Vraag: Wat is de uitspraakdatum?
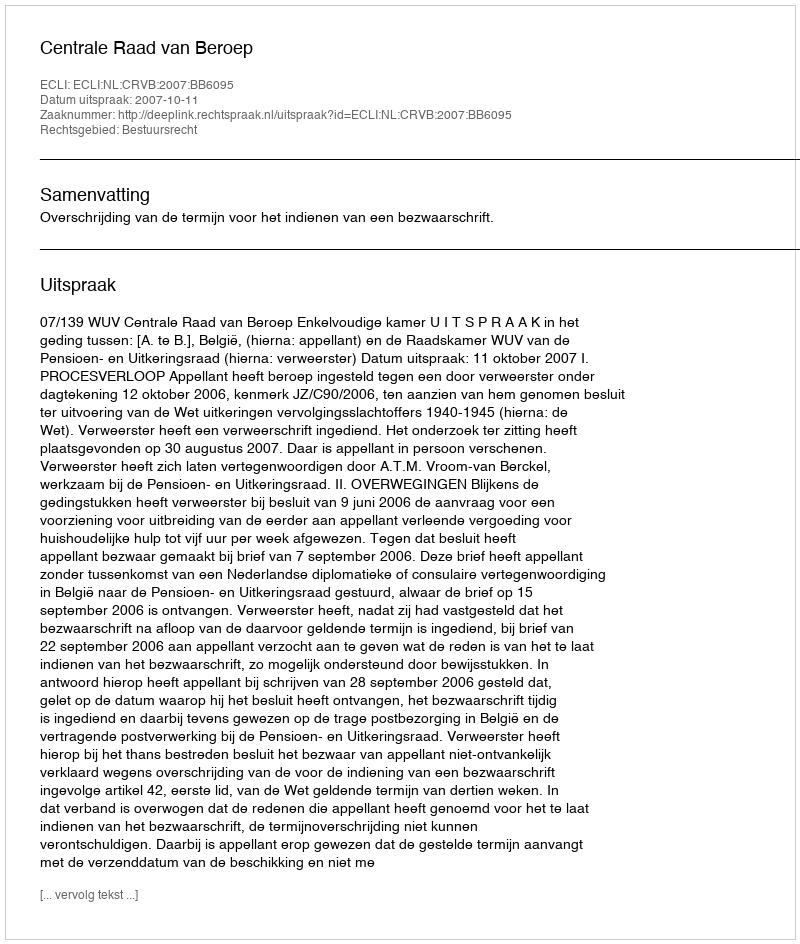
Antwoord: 2007-10-11